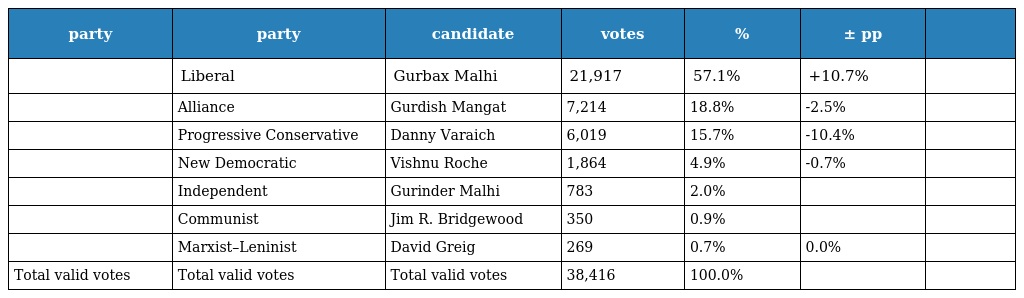
| party | party | candidate | votes | % | ± pp |  |
 | --- | --- | --- | --- | --- | --- | --- |
 |  | Liberal | Gurbax Malhi | 21,917 | 57.1% | +10.7% |  |
 |  | Alliance | Gurdish Mangat | 7,214 | 18.8% | -2.5% |  |
 |  | Progressive Conservative | Danny Varaich | 6,019 | 15.7% | -10.4% |  |
 |  | New Democratic | Vishnu Roche | 1,864 | 4.9% | -0.7% |  |
 |  | Independent | Gurinder Malhi | 783 | 2.0% |  |  |
 |  | Communist | Jim R. Bridgewood | 350 | 0.9% |  |  |
 |  | Marxist–Leninist | David Greig | 269 | 0.7% | 0.0% |  |
 | Total valid votes | Total valid votes | Total valid votes | 38,416 | 100.0% |  |  |